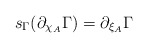
\begin{align*} s_{\Gamma} (\partial_{\chi_A} \Gamma ) = \partial_{\xi_A} \Gamma\end{align*}